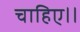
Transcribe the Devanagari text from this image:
चाहिए।।